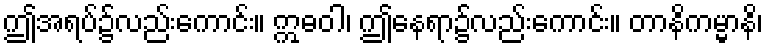
ဤအရပ်၌လည်းကောင်း။ ဣဓဝါ၊ ဤနေရာ၌လည်းကောင်း။ တာနိကမ္မာနိ၊